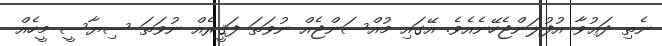
ނެތި ދަޢުވާ އުފުލަންޖެހޭނެއެވެ. އޭގައި މުއްސަންޖެއް ނުވަތަ ފަޤީރެއް ނުވަތަ ސިޔާސީ މީހެއް